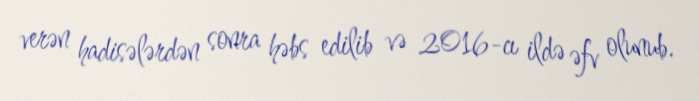
verən hadisələrdən sonra həbs edilib və 2016-cı ildə əfv olunub.